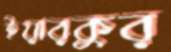
ইয়ারকুর